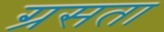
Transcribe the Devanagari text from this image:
ग्रसता